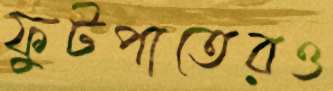
ফুটপাতেরও